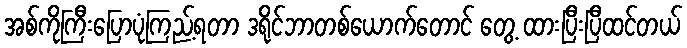
အစ်ကိုကြီးပြောပုံကြည့်ရတာ ဒရိုင်ဘာတစ်ယောက်တောင် တွေ့ ထားပြီးပြီထင်တယ်